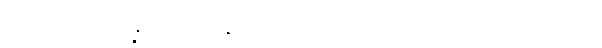
အမှတ်ဖြင့်။ ဒိန္နံ၊ လှူဖူးသနည်း။ ဣတိ၊ ဤသို့။ (ပုစ္ဆိ၊ မေး၏။) သော၊